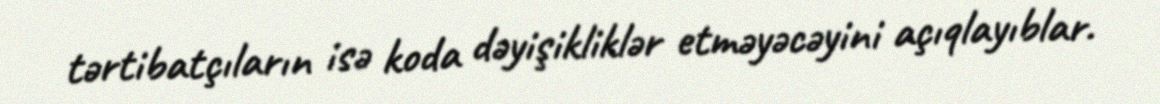
tərtibatçıların isə koda dəyişikliklər etməyəcəyini açıqlayıblar.